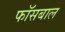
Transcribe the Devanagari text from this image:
फॉसबाल